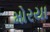
મોરયા